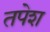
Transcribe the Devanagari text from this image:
तपेश